Civil Veterinary Department Bihar & Orissa reports 1911-21 - 1911-1921
Year: 1911
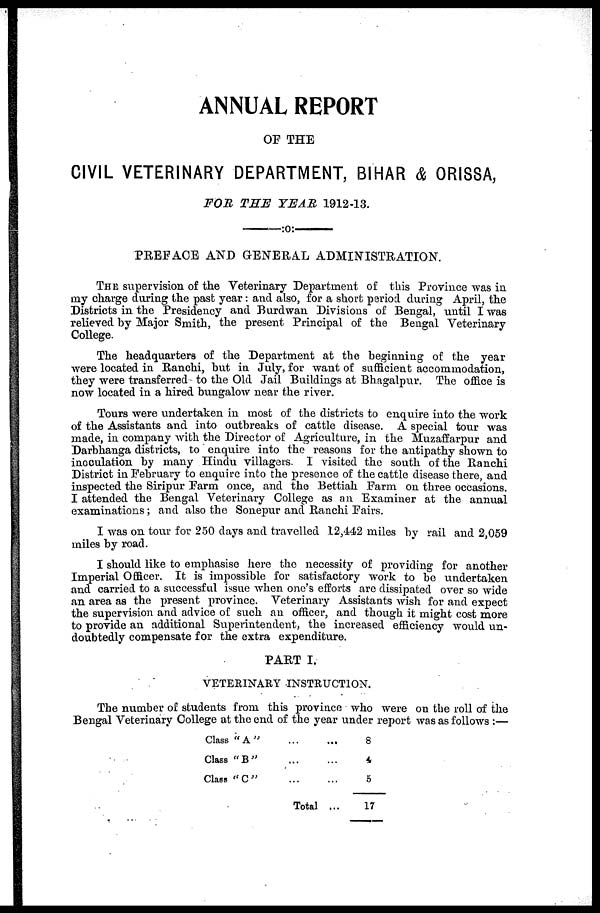
ANNUAL REPORT
OF THE
CIVIL VETERINARY DEPARTMENT, BIHAR & ORISSA,
FOR THE YEAR 1912-13.
PREFACE AND GENERAL ADMINISTRATION.
THE supervision of the Veterinary Department of this Province was in
my charge during the past year: and also, for a short period during April, the
Districts in the Presidency and Burdwan Divisions of Bengal, until I was
relieved by Major Smith, the present Principal of the Bengal Veterinary
College.
The headquarters of the Department at the beginning of the year
were located in Ranchi, but in July, for want of sufficient accommodation,
they were transferred to the Old Jail Buildings at Bhagalpur. The office is
now located in a hired bungalow near the river.
Tours were undertaken in most of the districts to enquire into the work
of the Assistants and into outbreaks of cattle disease. A special tour was
made, in company with the Director of Agriculture, in the Muzaffarpur and
Darbhanga districts, to enquire into the reasons for the antipathy shown to
inoculation by many Hindu villagers. I visited the south of the Ranchi
District in February to enquire into the presence of the cattle disease there, and
inspected the Siripur Farm once, and the Bettiah Farm on three occasions.
I attended the Bengal Veterinary College as an Examiner at the annual
examinations; and also the Sonepur and Ranchi Fairs.
I was on tour for 250 days and travelled 12,442 miles by rail and 2,059
miles by road.
I should like to emphasise here the necessity of providing for another
Imperial Officer. It is impossible for satisfactory work to be undertaken
and carried to a successful issue when one's efforts are dissipated over so wide
an area as the present province. Veterinary Assistants wish for and expect
the supervision and advice of such an officer, and though it might cost more
to provide an additional Superintendent, the increased efficiency would un-
doubtedly compensate for the extra expenditure.
PART I.
VETERINARY INSTRUCTION.
The number of students from this province who were on the roll of the
Bengal Veterinary College at the end of the year under report was as follows :—
Class "A"
Class
"B"
Class "C"
Total ...
8
4
5
17